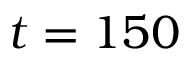
t = 1 5 0